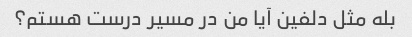
بله مثل دلفین آیا من در مسیر درست هستم؟